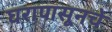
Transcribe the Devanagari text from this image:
घरापासूनचे